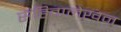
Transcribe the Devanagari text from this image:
संहितालेखन